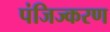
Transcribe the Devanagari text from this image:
पंजिज्करण